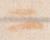
ニ